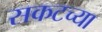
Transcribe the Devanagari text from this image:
सकटच्या